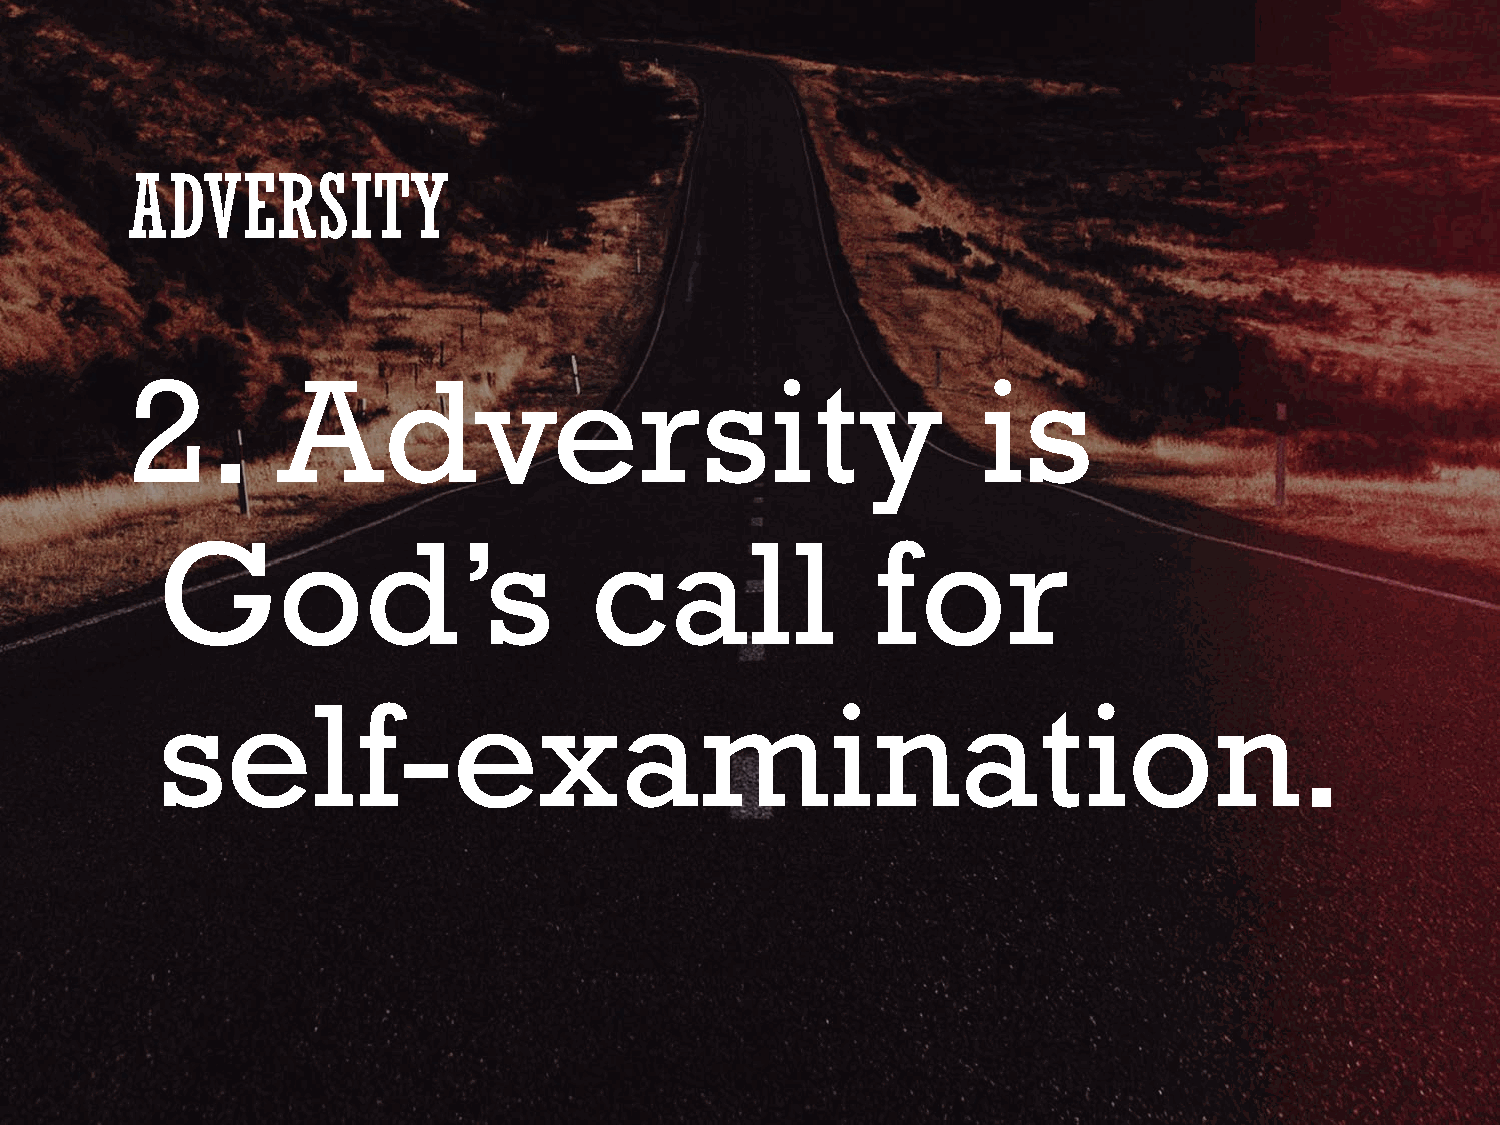
ADVERSITY
 2.        Adversity                                      is
 God’s                        call               for
 self-examination.